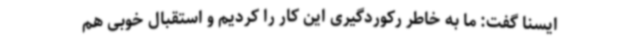
ایسنا گفت: ما به خاطر رکوردگیری این کار را کردیم و استقبال خوبی هم